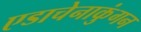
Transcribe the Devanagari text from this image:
एडाचेनाकुंगन